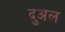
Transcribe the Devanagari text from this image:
दुअल